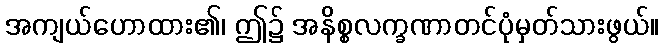
အကျယ်ဟောထား၏၊ ဤ၌ အနိစ္စလက္ခဏာတင်ပုံမှတ်သားဖွယ်။